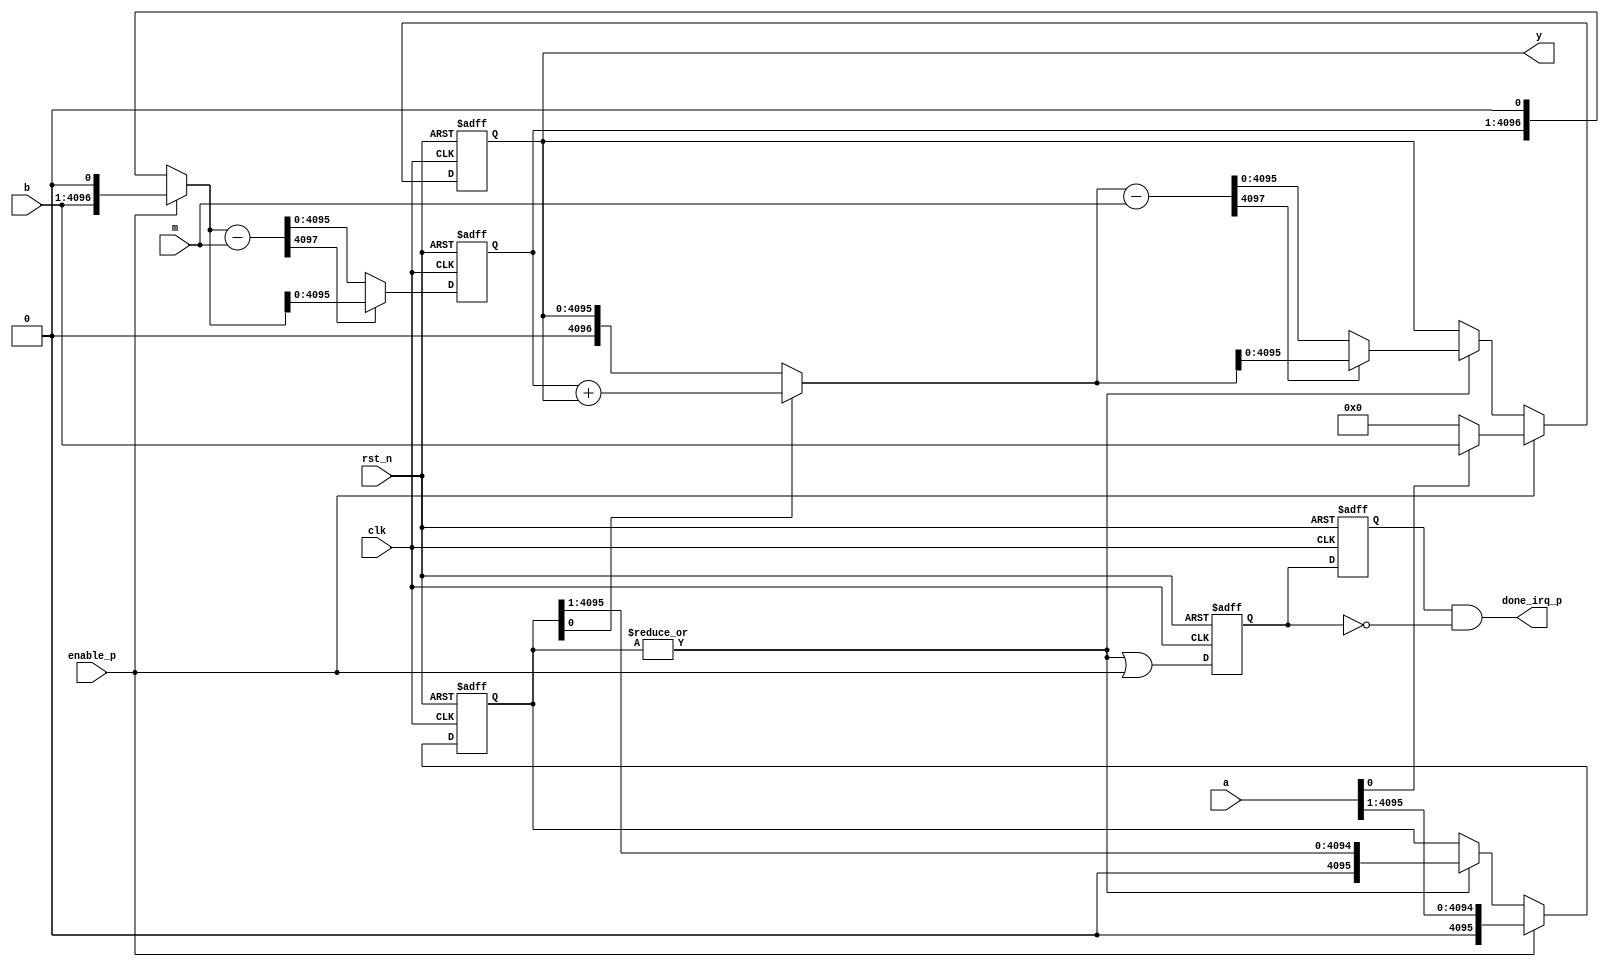
`timescale 1 ns/1 ps
//----------------------------------------
//INPUT: X, Y,M with 0 ? X, Y ? M
//OUTPUT: P = X  Y mod M
//n: number of bits of X
//xi: ith bit of X
//1. P = 0;
//2. for (i = n - 1; i >= 0; i = i - 1){
//3. P = 2 P;
//4. I = xi  Y ;
//5. P = P + I;
//6. if (P >= M) P = P - M;
//7. if (P >= M) P = P - M; }
//----------------------------------------

module mod_mul_il_v3 #(
  parameter NBITS = 4096,
  parameter PBITS = 16,
  parameter NBYP  = 8    //NBITS/PBITS
 ) (
  input               clk,
  input               rst_n,
  input               enable_p,
  input  [NBITS-1 :0] a,
  input  [NBITS-1 :0] b,
  input  [NBITS-1 :0] m,
  output [NBITS-1 :0] y,
  output              done_irq_p
);

//--------------------------------------
//reg/wire declaration
//--------------------------------------

reg  [NBITS-1 :0] a_loc;
reg  [NBITS-1 :0] y_loc;
reg  [NBITS-1 :0] b_loc_red_d;
reg               done_irq_p_loc;
reg               done_irq_p_loc_d;

wire [NBITS   :0] y_loc_accum;
wire [NBITS+1 :0] y_loc_accum_sub_m;
wire [NBITS   :0] y_loc_accum_red;
wire [NBITS   :0] b_loc;
wire [NBITS+1 :0] b_loc_sub_m;
wire [NBITS-1 :0] b_loc_red;

//wire MODULUS = 64'hCCCC_CCCD_CCCC_CCCD;
localparam MODULUS = 128'hCCCC_CCCC_CCCC_CCCC_CCCC_CCCC_CCCC_CCCD;

assign b_loc            = enable_p ? {b, 1'b0} : {b_loc_red_d, 1'b0};
assign b_loc_sub_m      = b_loc - m;
assign b_loc_red        = b_loc_sub_m[NBITS+1] ? b_loc : b_loc_sub_m;

//calculate (a*b)%m
assign y_loc_accum       =  a_loc[0] ? (b_loc_red_d + y_loc) : y_loc;
assign y_loc_accum_sub_m = y_loc_accum - m;
assign y_loc_accum_red   = y_loc_accum_sub_m[NBITS+1] ? y_loc_accum : y_loc_accum_sub_m;

always @ (posedge clk or negedge rst_n) begin
  if (rst_n == 1'b0) begin
    y_loc       <= {NBITS{1'b0}};
    a_loc       <= {NBITS{1'b0}};
  end
  else begin
      if (enable_p == 1'b1) begin
        a_loc <= {1'b0, a[NBITS-1 :1]};
        if (a[0] == 1'b1) begin
          y_loc <= b;
        end
        else begin
          y_loc <= {NBITS{1'b0}};
        end
      end
      else if (|a_loc) begin
        y_loc <= y_loc_accum_red[NBITS-1 :0];
        a_loc <= {1'b0, a_loc[NBITS-1:1]};
      end 
  end
end


always @ (posedge clk or negedge rst_n) begin
  if (rst_n == 1'b0) begin
    b_loc_red_d <= {(NBITS){1'b0}};
  end
  else begin
    b_loc_red_d <= b_loc_red;
  end
end



  
  always @ (posedge clk or negedge rst_n) begin
    if (rst_n == 1'b0) begin
      done_irq_p_loc    <= 1'b0;
      done_irq_p_loc_d  <= 1'b0;
    end
    else begin
      done_irq_p_loc    <= |a_loc | enable_p;  //enable_p for the case a == 1
      done_irq_p_loc_d  <= done_irq_p_loc  ;
    end
  end

  assign done_irq_p =  done_irq_p_loc_d & ~done_irq_p_loc;
  assign y          =  y_loc;



endmodule